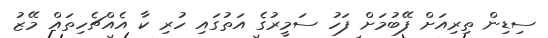
ސިޑިން ތިރިއަށް ފޭބުމަށް ފަހު ސަމީރުގެ އަތުގައި ހުރި ކާ އެއްޗެހިތައް މޭޒު